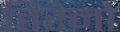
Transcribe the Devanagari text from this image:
तिरेनो